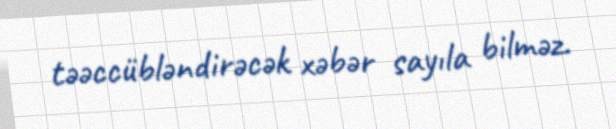
təəccübləndirəcək xəbər sayıla bilməz.